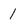
Character: 1